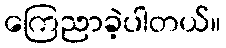
ကြေညာခဲ့ပါတယ်။